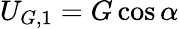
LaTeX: U_{G,1}=G\cos{\alpha}